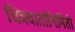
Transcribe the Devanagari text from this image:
चित्रवार्तानिर्मिती